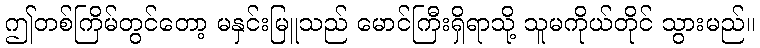
ဤတစ်ကြိမ်တွင်တော့ မနှင်းမြူသည် မောင်ကြီးရှိရာသို့ သူမကိုယ်တိုင် သွားမည်။